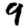
Digit: 9